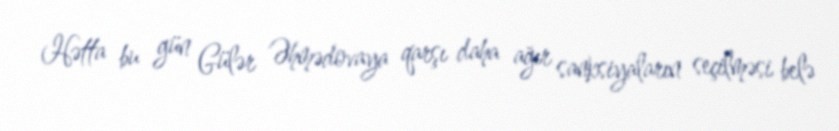
Hətta bu gün Gülər Əhmədovaya qarşı daha ağır sanksiyaların seçilməsi belə